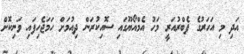
އަދި މި އަހަރުގެ ފެބްރުއަރީ މަހު އެމްއޯޔޫގައި ސޮއިކުރަން ދިއުމަށް ހަމަޖެހިފައި ވަނިކޮށް